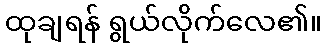
ထုချရန် ရွယ်လိုက်လေ၏။